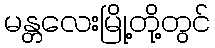
မန္တလေးမြို့တို့တွင်